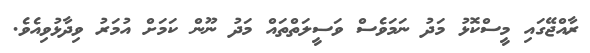
ރާއްޖޭގައި މީސްކޮޅު މަދު ނަމަވެސް ވަސީލަތްތައް މަދު ނޫން ކަމަށް އުމަރު ވިދާޅުވިއެވެ.